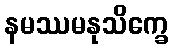
နမဿမနုသိက္ခေ